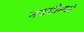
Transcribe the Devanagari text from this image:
नववीमध्ये